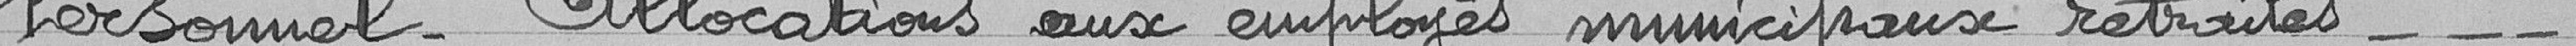
Personnel - allocations aux employés municipaux retraités - - -